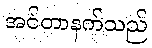
အင်တာနက်သည်